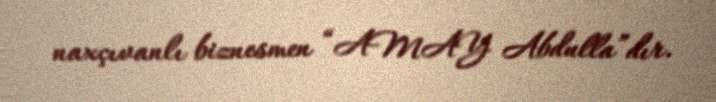
naxçıvanlı biznesmen “AMAY Abdulla”dır.